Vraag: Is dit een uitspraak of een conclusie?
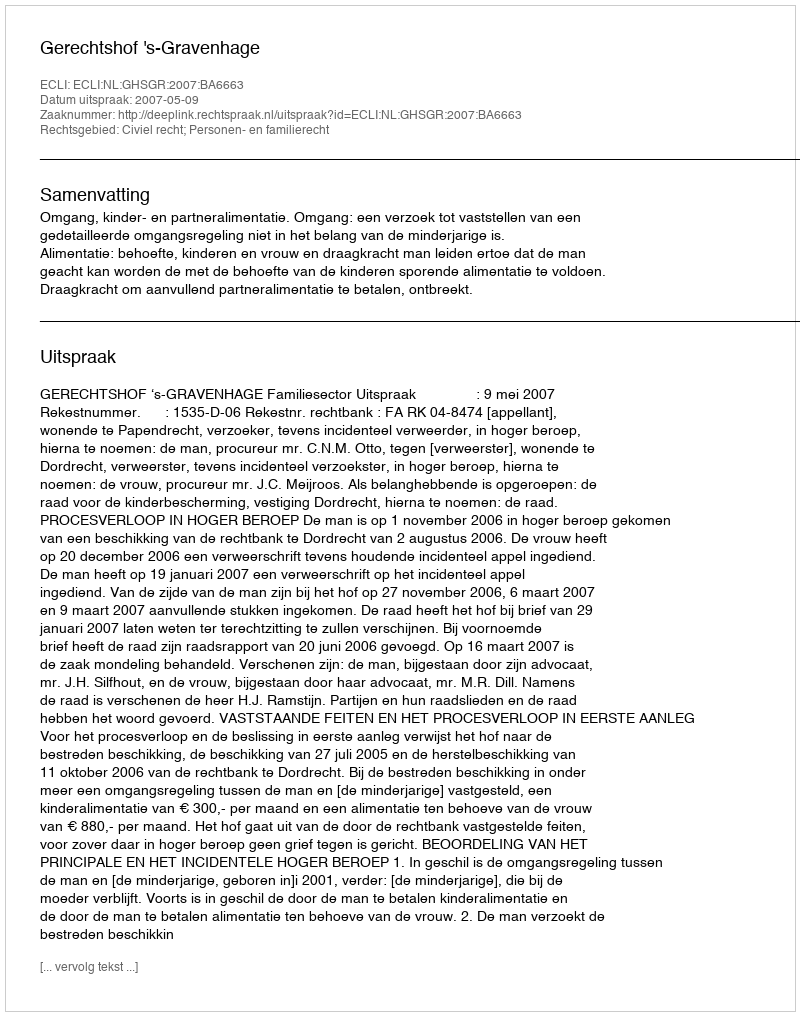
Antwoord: Uitspraak